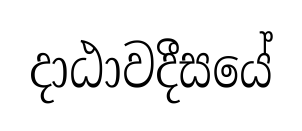
දාඨාවදීසයේ